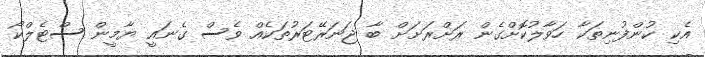
އެކި ކުންފުނިތަކާ ހަވާލުކޮށްގެން ރަށްރަށަށް ބާ ޖަނަރޭޓަރުތަކެއް ވެސް ގެނައީ ޔާމީން ސްޓެލްކޯ